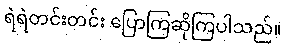
ရဲရဲတင်းတင်း ပြောကြဆိုကြပါသည်။